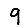
Digit: 9